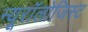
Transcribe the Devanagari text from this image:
न्यूरॉलोजिस्ट